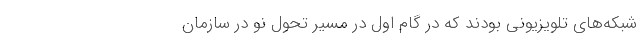
شبکه‌های تلویزیونی بودند که در گام اول در مسیر تحول نو در سازمان